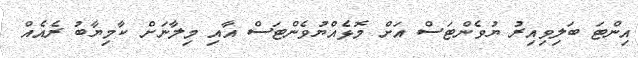
އިންޓަ ބަލިވިއިރު ޔުވެންޓަސް އަށް މޮޅެއްޔުވެންޓަސް އާއި މިލާނަށް ކާމިޔާބު ރެއެއް